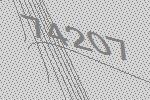
74207